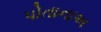
પોતાનાઅ